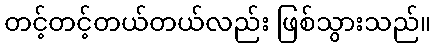
တင့်တင့်တယ်တယ်လည်း ဖြစ်သွားသည်။